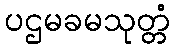
ပဌမခမသုတ္တံ